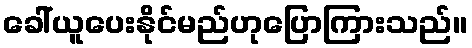
ခေါ်ယူပေးနိုင်မည်ဟုပြောကြားသည်။